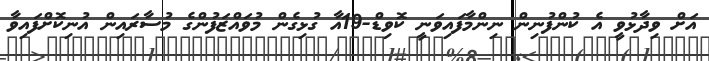
އަށް ވިދާޅުވީ އެ ކުންފުނިން ނިންމާފައިވަނީ ކޮވިޑް-19އާ ގުޅިގެން މުވައްޒަފުންގެ މުސާރައިން އުނިކޮށްފައިވާ